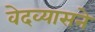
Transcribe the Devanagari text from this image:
वेदव्यासने